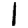
Digit: 1